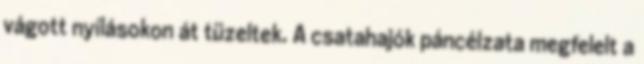
vágott nyílásokon át tüzeltek. A csatahajók páncélzata megfelelt a